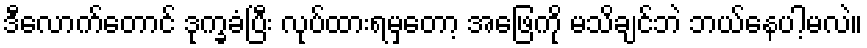
ဒီလောက်တောင် ဒုက္ခခံပြီး လုပ်ထားရမှတော့ အဖြေကို မသိချင်ဘဲ ဘယ်နေပါ့မလဲ။